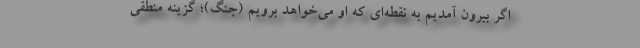
اگر بیرون آمدیم به نقطه‌ای که او می‌خواهد برویم (جنگ)؛ گزینه منطقی